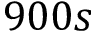
9 0 0 s